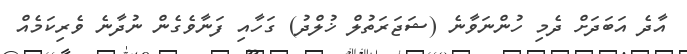
އާދެ އަބަދަށް ދެމި ހުންނަވާނެ (ޝަޖަރަތުލް ޚުލްދު) ގަހާއި ފަނާވެގެން ނުދާނެ ވެރިކަމެއް